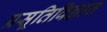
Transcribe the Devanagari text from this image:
प्रसूतिविज्ञान